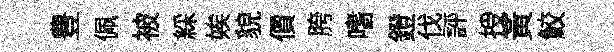
豊佩被綵娭貌價胯嗜鐙伐評授黄鮫